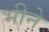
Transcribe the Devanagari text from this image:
भीने